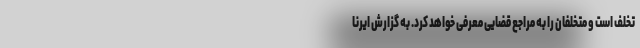
تخلف است و متخلفان را به مراجع قضایی معرفی خواهد کرد. به گزارش ایرنا